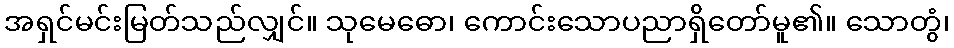
အရှင်မင်းမြတ်သည်လျှင်။ သုမေဓော၊ ကောင်းသောပညာရှိတော်မူ၏။ သောတွံ၊